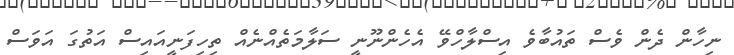
ނިހާން ދެން ވެސް ތައުބާވެ އިސްލާހްވޭ އެހެންނޫނީ ސަލާމަތެއްނެއް ތިހިފަނީއައިސް އަތުގަ އަވަސް